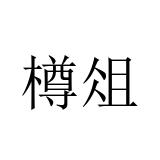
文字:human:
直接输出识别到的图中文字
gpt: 樽俎